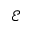
\mathcal { E }